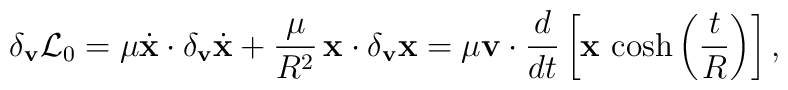
\delta_{\bf v}{\cal L}_{0}=\mu\dot{\bf x}\cdot\delta_{\bf v}\dot{\bf x}+\frac{\mu}{R^{2}}\,{\bf x}\cdot\delta_{\bf v}{\bf x}=\mu{\bf v}\cdot\frac{d}{dt}\left[{\bf x}\,\cosh\left(\frac{t}{R}\right)\right],